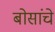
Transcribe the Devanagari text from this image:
बोसांचे